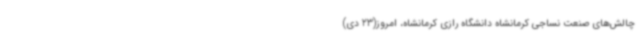
چالش‌های صنعت نساجی کرمانشاه دانشگاه رازی کرمانشاه، امروز(23 دی)